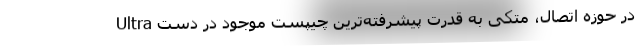
Ultra در حوزه اتصال، متکی به قدرت پیشرفته‌ترین چیپست موجود در دست